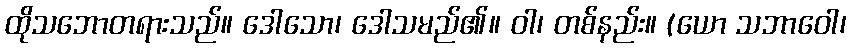
ထိုသဘောတရားသည်။ ဒေါသော၊ ဒေါသမည်၏။ ဝါ၊ တစ်နည်း။ (ယော သဘာဝေါ၊